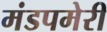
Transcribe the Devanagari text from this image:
मंडपमेरी